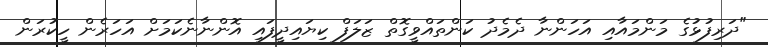
"ދަރިފުޅުގެ މަންމައާއި އަހަންނާ ދެމެދު ކަންތައްވީގޮތް ޒަލަފް ކިޔައިދީފައި އޮންނާނެކަމަށް އަހަރެން ހީކުރަން